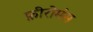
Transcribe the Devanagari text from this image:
फ़ीरोमंस